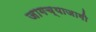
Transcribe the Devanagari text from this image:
जागच्याजागी